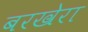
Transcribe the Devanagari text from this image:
बरखेरा